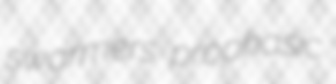
swarmers prophasic